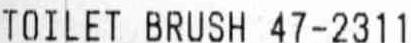
TOILET BRUSH 47-2311